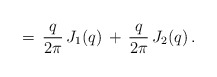
\begin{align*}=\,\frac{q}{2\pi}\,J_1(q)\,+\,\frac{q}{2\pi}\,J_2(q)\,{.}\end{align*}